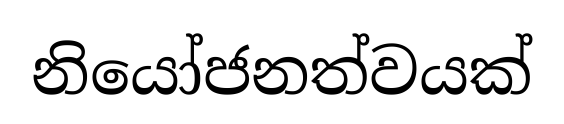
නියෝජනත්වයක්